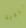
بلدية